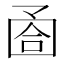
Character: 𡇶